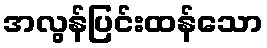
အလွန်ပြင်းထန်သော